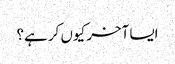
ایسا آخر کیوں کر ہے؟